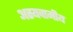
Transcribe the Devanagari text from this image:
अस्यवामीय